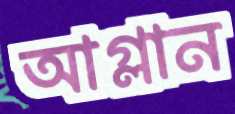
আগ্‌লান